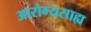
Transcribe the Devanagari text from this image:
आरोग्यसाह्य